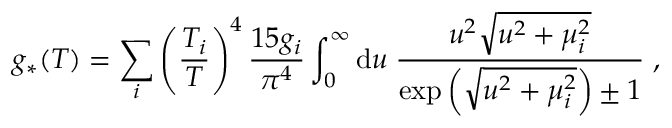
g _ { * } ( T ) = \sum _ { i } \left( \frac { T _ { i } } { T } \right) ^ { 4 } \frac { 1 5 g _ { i } } { \pi ^ { 4 } } \int _ { 0 } ^ { \infty } \mathrm { d } u \; \frac { u ^ { 2 } \sqrt { u ^ { 2 } + \mu _ { i } ^ { 2 } } } { \exp \left( \sqrt { u ^ { 2 } + \mu _ { i } ^ { 2 } } \right) \pm 1 } \; ,